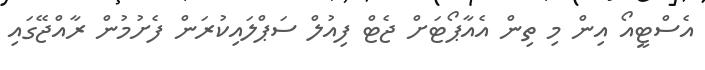
އެސްޓީއޯ އިން މި ތިން އެއާޕޯޓަށް ޖެޓް ފިއުލް ސަޕްލައިކުރަން ފެށުމުން ރާއްޖޭގައި